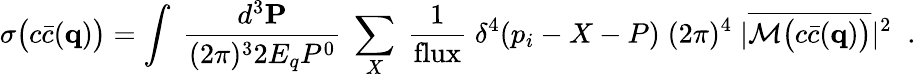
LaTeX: \sigma\big(c\bar{c}({\mathbf q})\big)=\int\; \frac{d^{3}{\mathbf P}}{(2\pi)^{3}2E_{q}P^{0}}\; \sum_{X}\; \frac{1}{{\mathrm{flux}}}\; \delta^{4}(p_{i}-X-P)\; (2\pi)^{4}\; |\overline{{{{\cal M}\big(c\bar{c}({\mathbf q})\big)}}}|^{2}\; \; .